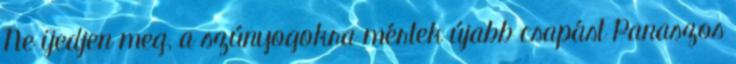
Ne ijedjen meg, a szúnyogokra mértek újabb csapást Panaszos